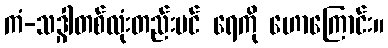
ကံ-သဒ္ဂါတစ်လုံးတည်းပင် ရေကို ဟောကြောင်း။